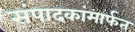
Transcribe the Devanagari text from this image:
संपादकांमार्फत